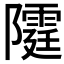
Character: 𨽕